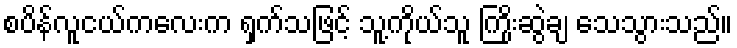
စပိန်လူငယ်ကလေးက ရှက်သဖြင့် သူ့ကိုယ်သူ ကြိုးဆွဲချ သေသွားသည်။